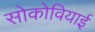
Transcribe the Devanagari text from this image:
सोकोवियाई